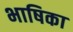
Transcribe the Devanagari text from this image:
भाषिका